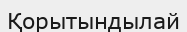
Қорытындылай